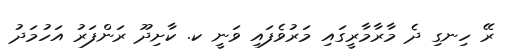
ރޭ ހިނގި ދެ މާރާމާރީގައި މަރުވެފައި ވަނީ ކ. ކާށިދޫ ރަންފަރު އަހުމަދު